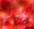
الأمر